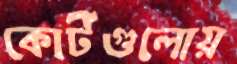
কোর্টগুলোয়